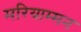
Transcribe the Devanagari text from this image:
मरियाम्मन